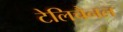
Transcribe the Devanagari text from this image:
टेलिचैनल